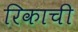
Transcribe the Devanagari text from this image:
रिकाची